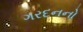
ગરદનનો